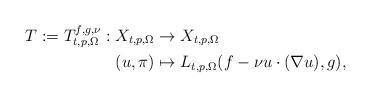
LaTeX: \begin{align*}T:=T_{t,p,\Omega}^{f,g,\nu}: X_{t,p,\Omega} &\to X_{t,p,\Omega} \\(u,\pi)&\mapsto L_{t,p,\Omega}(f-\nu u\cdot(\nabla u),g),\end{align*}